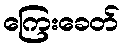
ကြေးခေတ်